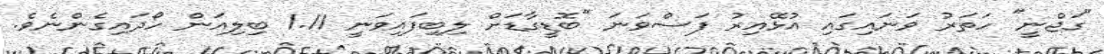
"ގަޖްނީ" ހަތަރު ވަނައިގައި އުޅޭއިރު ފަސްވަނަ "ބޮޑީގާޑަށް ލިބިފައިވަނީ 1.11 ބިިލިއަން ހޯދައިގެންނެވެ.